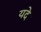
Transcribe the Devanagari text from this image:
यदे